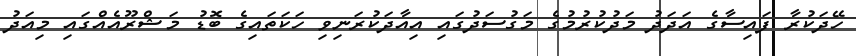
ހޭދަކުރާ ފައިސާގެ އަދަދު މަދުކުރުމުގެ މަގުސަދުގައި އިއާދަކުރަނިވި ހަކަތައިގެ ބޮޑު މަޝްރޫއެއްގައި މިއަދު